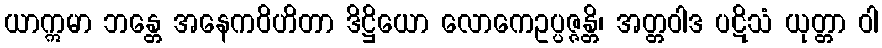
ယာဣမာ ဘန္တေ အနေကဝိဟိတာ ဒိဋ္ဌိယော လောကေဥပ္ပဇ္ဇန္တိ၊ အတ္တဝါဒ ပဋိသံ ယုတ္တာ ဝါ